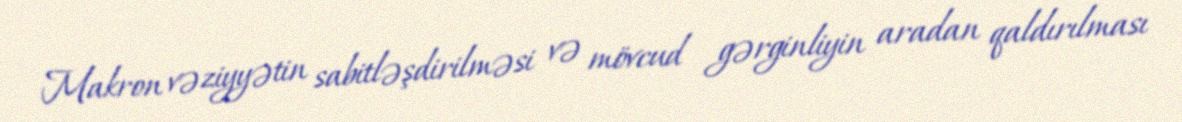
Makron vəziyyətin sabitləşdirilməsi və mövcud gərginliyin aradan qaldırılması